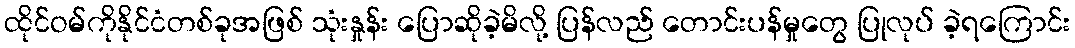
ထိုင်ဝမ်ကိုနိုင်ငံတစ်ခုအဖြစ် သုံးနှုန်း ပြောဆိုခဲ့မိလို့ ပြန်လည် တောင်းပန်မှုတွေ ပြုလုပ် ခဲ့ရကြောင်း